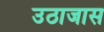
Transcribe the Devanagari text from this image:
उठाजास